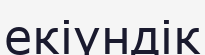
екіүндік